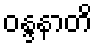
ဝန္ဒနာတိ